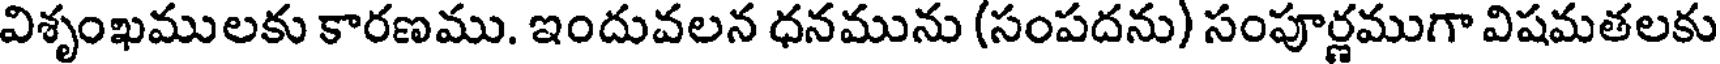
విశృంఖములకు కారణము. ఇందువలన ధనమును (సంపదను) సంపూర్ణముగా విషమతలకు